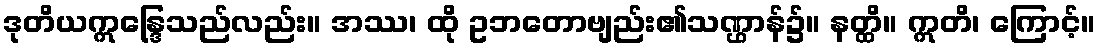
ဒုတိယဣန္ဒြေသည်လည်း။ အဿ၊ ထို ဥဘတောဗျည်း၏သဏ္ဌာန်၌။ နတ္ထိ။ ဣတိ၊ ကြောင့်။